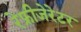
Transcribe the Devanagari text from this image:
रेफ्रीजेरेटर